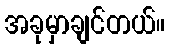
အခုမှာချင်တယ်။